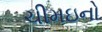
ચીમઇનો